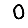
Digit: 0